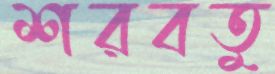
শরবতু